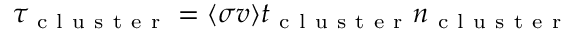
\tau _ { \mathrm { ~ c ~ l ~ u ~ s ~ t ~ e ~ r ~ } } = \langle \sigma v \rangle t _ { \mathrm { ~ c ~ l ~ u ~ s ~ t ~ e ~ r ~ } } n _ { \mathrm { ~ c ~ l ~ u ~ s ~ t ~ e ~ r ~ } }